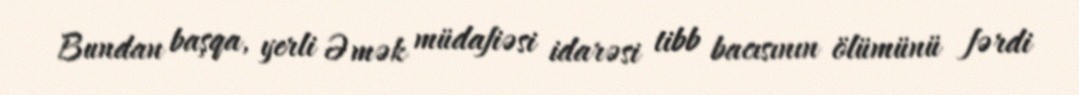
Bundan başqa, yerli Əmək müdafiəsi idarəsi tibb bacısının ölümünü fərdi